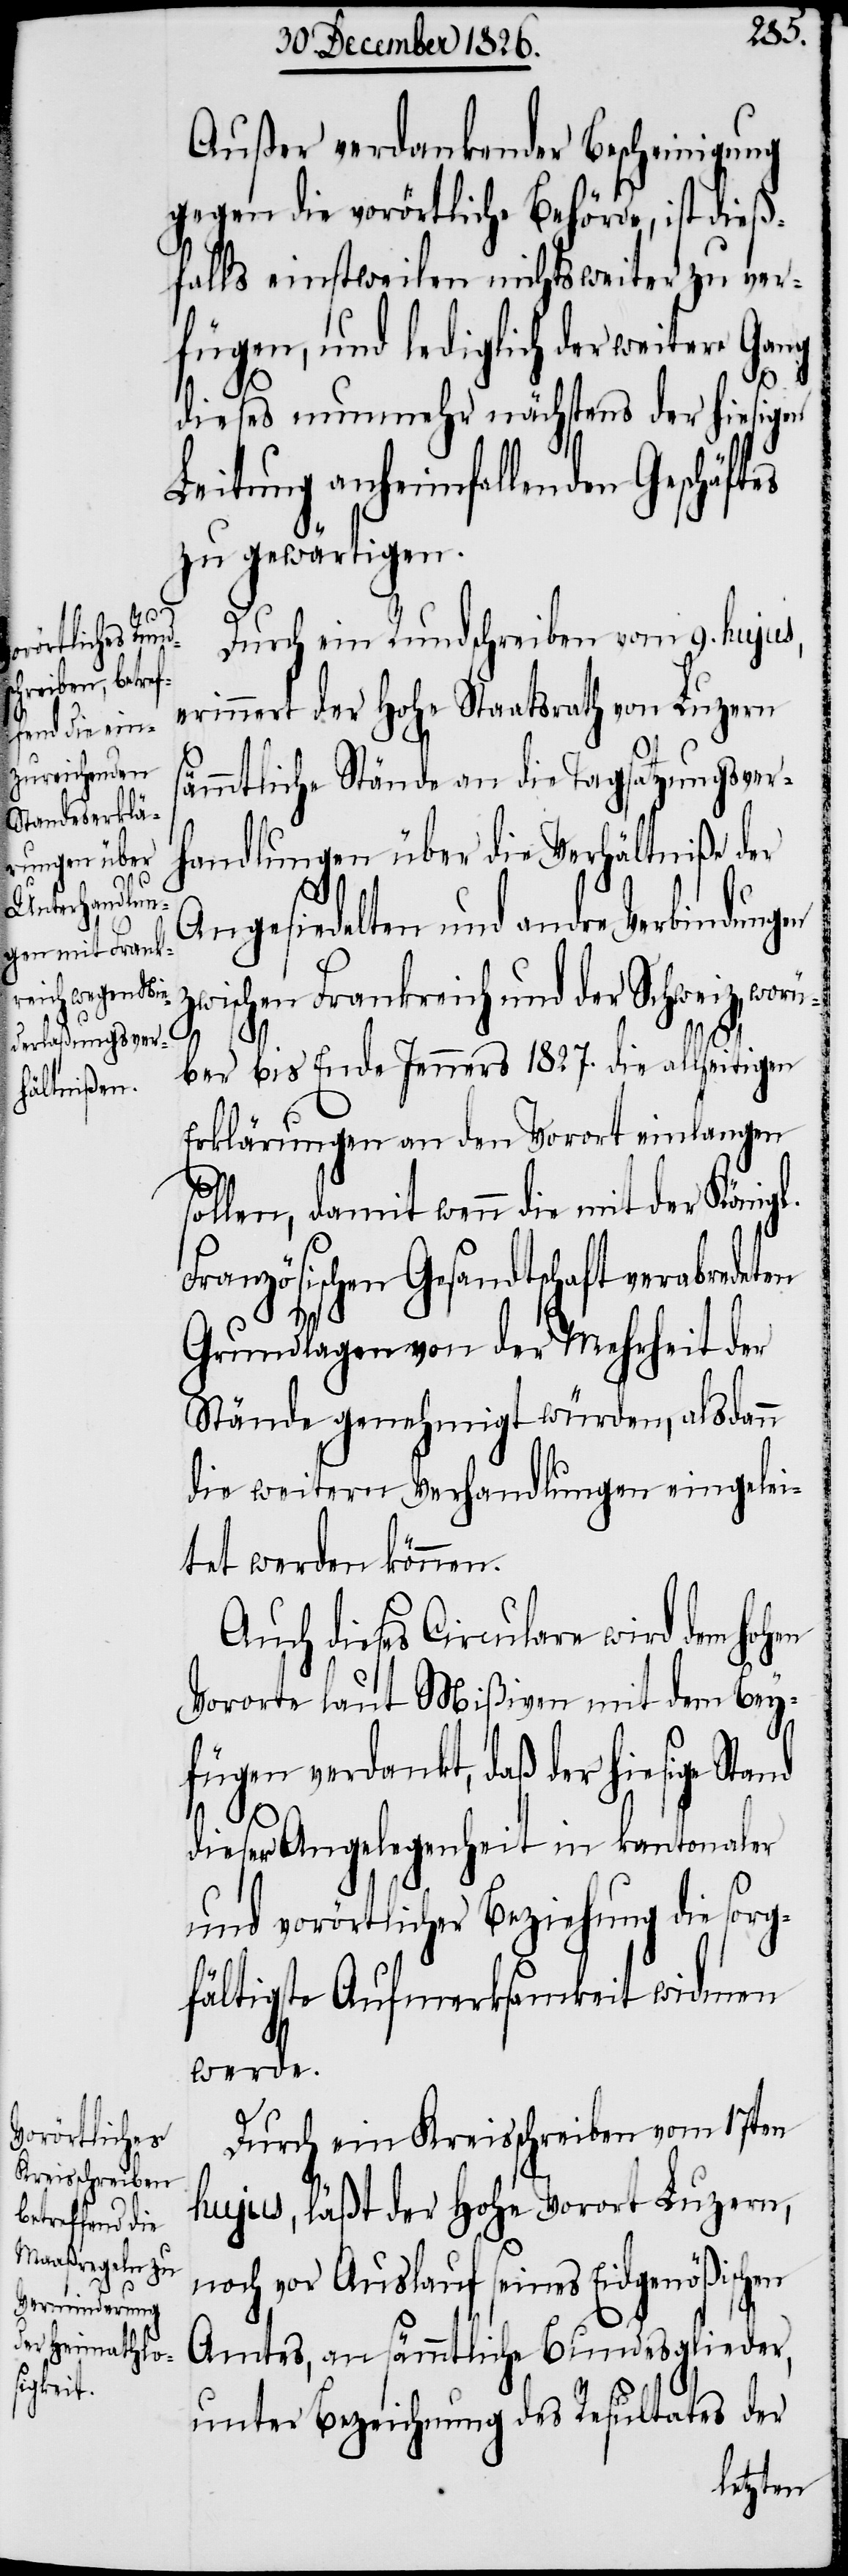
Außer verdankender Bescheinigung
gegen die vorörtliche Behörde, ist dieß¬
falls einstweilen nichts weiter zu ver¬
fügen, und lediglich der weitere Gang
dieses nunmehr nächstens der hiesigen
Leitung anheimfallenden Geschäftes
zu gewärtigen.
Durch ein Rundschreiben vom 9. hujus,
erinnert der hohe Staatsrath von Luzern
ämmtliche Stände an die Tagsatzungsver¬
handlungen über die Verhältniße der
Angesiedelten und andre Verbindungen
zwischen Frankreich und der Schweiz, worü¬
ber bis Ende Jenners 1827. die allseitigen
Erklärungen an den Vorort einlangen
sollen, damit wenn die mit der Königl.
Französischen Gesandtschaft verabredeten
Grundlagen von der Mehrheit der
Stände genehmigt würden, alsdann
die weitern Verhandlungen eingelei¬
tet werden können.
Auch dieses Circulare wird dem hoh¬
Vororte laut Mißiven mit dem Bey¬
fügen verdankt, daß der hiesige Stand
en
dieser Angelegenheit in kantonaler
und vorörtlicher Beziehung die sorg¬
fältigste Aufmerksamkeit widmen
werde.
Durch ein Kreisschreiben vom 17ten
hujus, läßt der hohe Vorort Luzern,
noch vor Auslauf seines Eidgenößisch¬
Amtes, an sämmtliche Bundesglieder,
unter Bezeichnung des Resultates der